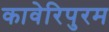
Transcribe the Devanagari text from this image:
कावेरिपुरम